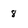
Character: 8